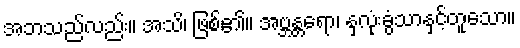
အဘသည်လည်း။ အသိ၊ ဖြစ်၏။ အဗ္ဘန္တရော၊ နှလုံးခွံသာနှင့်တူသော။